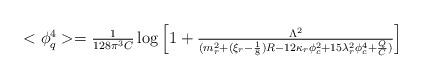
LaTeX: \begin{align*}\begin{array}{l}<\phi _q^4>=\frac 1{128\pi ^3C}\log \left[ 1+ \frac{\Lambda ^2}{(m_r^2+(\xi _r-\frac 18)R-12\kappa _r\phi _c^2+15\lambda_r^2\phi _c^4+\frac QC)}\right] \\ \end{array}\end{align*}